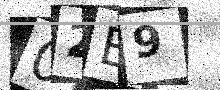
Text: 02B9